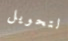
لتحويل